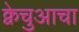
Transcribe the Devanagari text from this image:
क्वेचुआचा